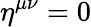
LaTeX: \eta^{\mu\nu}=0